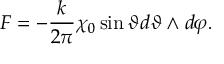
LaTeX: F = - \frac { k } { 2 \pi } \chi _ { 0 } \sin \vartheta d \vartheta \wedge d \varphi .